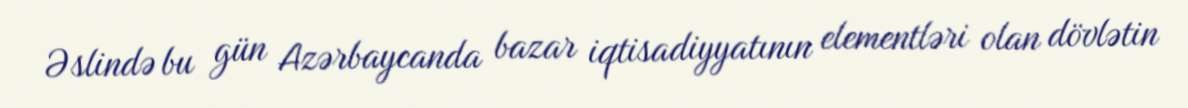
Əslində bu gün Azərbaycanda bazar iqtisadiyyatının elementləri olan dövlətin